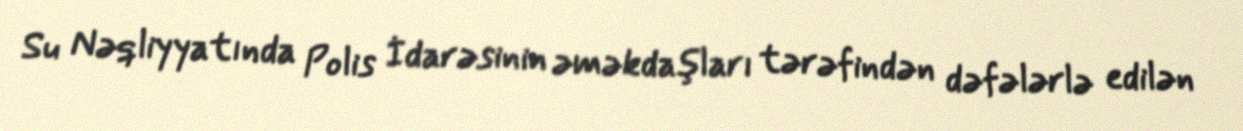
Su Nəqliyyatında Polis İdarəsinin əməkdaşları tərəfindən dəfələrlə edilən